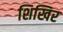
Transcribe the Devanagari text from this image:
शिखिर